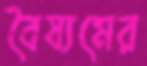
বৈষ্যমের